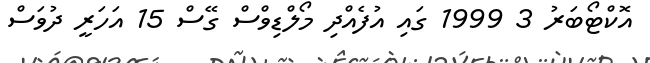
އޮކްޓޯބަރު 3 1999 ގައި އުފެއްދި މޯލްޑިވްސް ގޭސް 15 އަހަރީ ދުވަސް